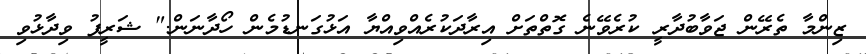
ޒިންމާ ތެރޭން ޖަވާބުދާރީ ކުރެވޭނެ ގޮތްތަށް އިރާދަކުރެއްވިއްޔާ އަޅުގަނޑުމެން ހޯދާނަން." ޝަރީފު ވިދާޅުވި